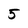
Character: 5